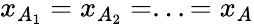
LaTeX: x_{A_{1}}=x_{A_{2}}=...=x_{A}